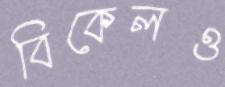
বিকেলও